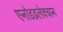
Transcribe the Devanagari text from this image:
एनोडइलेक्ट्रान